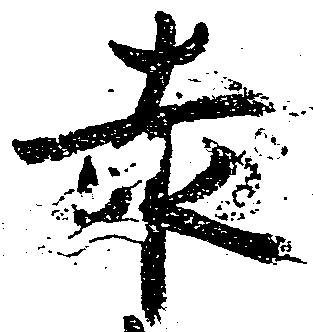
赤